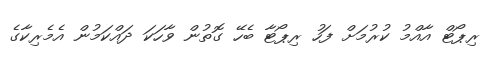
ރިޕޯޓް އާއްމު ކުރުމަށް ފަހު ރިޕޯޓާ ބެހޭ ގޮތުން ވާހަކަ ދައްކަމުން އެމެރިކާގެ